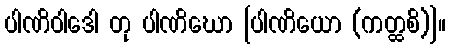
ပါဏိဝါဒေါ တု ပါဏိဃော [ပါဏိယော (ကတ္ထစိ)]။